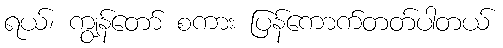
ရယ်၊ ကျွန်တော် စကား ပြန်ကောက်တတ်ပါတယ်